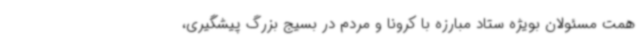
همت مسئولان بویژه ستاد مبارزه با کرونا و مردم در بسیج بزرگ پیشگیری،